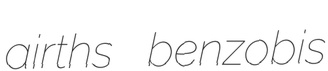
airths benzobis